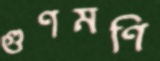
গুণমণি